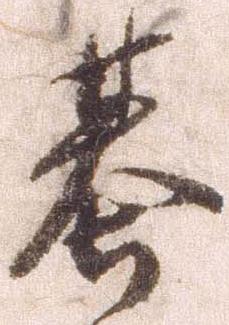
基